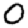
Digit: 0